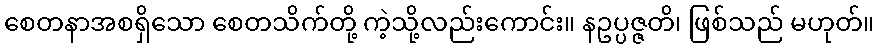
စေတနာအစရှိသော စေတသိက်တို့ ကဲ့သို့လည်းကောင်း။ နဥပ္ပဇ္ဇတိ၊ ဖြစ်သည် မဟုတ်။